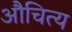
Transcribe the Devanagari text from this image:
औचित्‍य